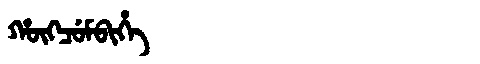
Manchu: ᡥᡡᡴᠴᡠᠮᠪᡳᡥᡝ
Romanization: HŪKCUMBIHE